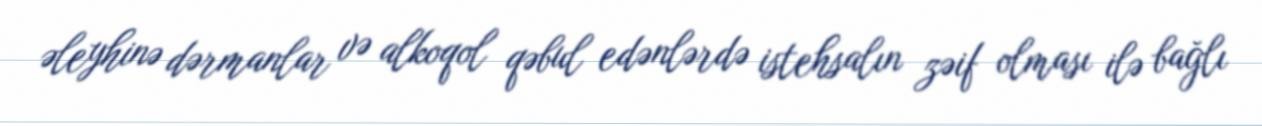
əleyhinə dərmanlar və alkoqol qəbul edənlərdə istehsalın zəif olması ilə bağlı